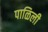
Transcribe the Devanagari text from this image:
पाळिली